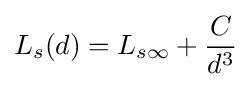
L_{s}(d)=L_{s\infty }+{\frac {C}{d^{3}}}